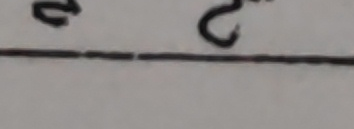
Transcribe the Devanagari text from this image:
२ ८